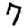
Digit: 7